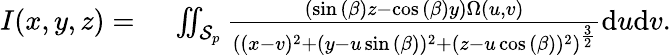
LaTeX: \begin{array}{rl}{I(x,y,z)={}}&{{}\iint_{\mathcal{S}_{p}}\frac{(\sin{(\beta)}z-\cos{(\beta)}y)\Omega(u,v)}{\left((x-v)^{2}+(y-u\sin{(\beta)})^{2}+(z-u\cos{(\beta)})^{2}\right)^{\frac{3}{2}}}\mathrm{d}u\mathrm{d}v.}\end{array}